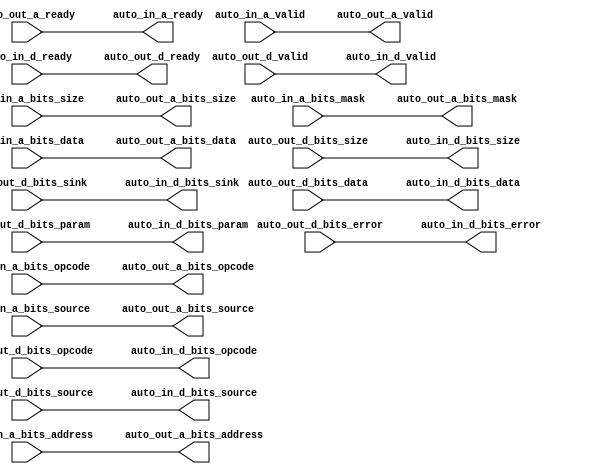
// Copyright (c) 2017, Microsemi Corporation
// All rights reserved.
//
// Redistribution and use in source and binary forms, with or without
// modification, are permitted provided that the following conditions are met:
//     * Redistributions of source code must retain the above copyright
//       notice, this list of conditions and the following disclaimer.
//     * Redistributions in binary form must reproduce the above copyright
//       notice, this list of conditions and the following disclaimer in the
//       documentation and/or other materials provided with the distribution.
//     * Neither the name of the <organization> nor the
//       names of its contributors may be used to endorse or promote products
//       derived from this software without specific prior written permission.
//
// THIS SOFTWARE IS PROVIDED BY THE COPYRIGHT HOLDERS AND CONTRIBUTORS "AS IS" AND
// ANY EXPRESS OR IMPLIED WARRANTIES, INCLUDING, BUT NOT LIMITED TO, THE IMPLIED
// WARRANTIES OF MERCHANTABILITY AND FITNESS FOR A PARTICULAR PURPOSE ARE
// DISCLAIMED. IN NO EVENT SHALL MICROSEMI CORPORATIONM BE LIABLE FOR ANY
// DIRECT, INDIRECT, INCIDENTAL, SPECIAL, EXEMPLARY, OR CONSEQUENTIAL DAMAGES
// (INCLUDING, BUT NOT LIMITED TO, PROCUREMENT OF SUBSTITUTE GOODS OR SERVICES;
// LOSS OF USE, DATA, OR PROFITS; OR BUSINESS INTERRUPTION) HOWEVER CAUSED AND
// ON ANY THEORY OF LIABILITY, WHETHER IN CONTRACT, STRICT LIABILITY, OR TORT
// (INCLUDING NEGLIGENCE OR OTHERWISE) ARISING IN ANY WAY OUT OF THE USE OF THIS
// SOFTWARE, EVEN IF ADVISED OF THE POSSIBILITY OF SUCH DAMAGE.
//
// APACHE LICENSE
// Copyright (c) 2017, Microsemi Corporation 
//
// Licensed under the Apache License, Version 2.0 (the "License");
// you may not use this file except in compliance with the License.
// You may obtain a copy of the License at
//
//    http://www.apache.org/licenses/LICENSE-2.0
//
// Unless required by applicable law or agreed to in writing, software
// distributed under the License is distributed on an "AS IS" BASIS,
// WITHOUT WARRANTIES OR CONDITIONS OF ANY KIND, either express or implied.
// See the License for the specific language governing permissions and
// limitations under the License.
//
// Description:
//
// SVN Revision Information:
// SVN $Revision: $
// SVN $Date: $
//
// Resolved SARs
// SAR      Date     Who   Description
//
// Notes:
//
// ****************************************************************************/
`ifndef RANDOMIZE_REG_INIT 
	 `define RANDOMIZE_REG_INIT 
 `endif
`ifndef RANDOMIZE_MEM_INIT 
	 `define RANDOMIZE_MEM_INIT 
 `endif
`ifndef RANDOMIZE 
	 `define RANDOMIZE 
`endif

`timescale 1ns/10ps
module MiV_AXI_MiV_AXI_0_MIV_RV32IMA_L1_AXI_TLFILTER( // @[:freechips.rocketchip.system.MivRV32ImaL1AhbConfig.fir@5624.2]
  output        auto_in_a_ready, // @[:freechips.rocketchip.system.MivRV32ImaL1AhbConfig.fir@5627.4]
  input         auto_in_a_valid, // @[:freechips.rocketchip.system.MivRV32ImaL1AhbConfig.fir@5627.4]
  input  [2:0]  auto_in_a_bits_opcode, // @[:freechips.rocketchip.system.MivRV32ImaL1AhbConfig.fir@5627.4]
  input  [2:0]  auto_in_a_bits_size, // @[:freechips.rocketchip.system.MivRV32ImaL1AhbConfig.fir@5627.4]
  input  [2:0]  auto_in_a_bits_source, // @[:freechips.rocketchip.system.MivRV32ImaL1AhbConfig.fir@5627.4]
  input  [31:0] auto_in_a_bits_address, // @[:freechips.rocketchip.system.MivRV32ImaL1AhbConfig.fir@5627.4]
  input  [7:0]  auto_in_a_bits_mask, // @[:freechips.rocketchip.system.MivRV32ImaL1AhbConfig.fir@5627.4]
  input  [63:0] auto_in_a_bits_data, // @[:freechips.rocketchip.system.MivRV32ImaL1AhbConfig.fir@5627.4]
  input         auto_in_d_ready, // @[:freechips.rocketchip.system.MivRV32ImaL1AhbConfig.fir@5627.4]
  output        auto_in_d_valid, // @[:freechips.rocketchip.system.MivRV32ImaL1AhbConfig.fir@5627.4]
  output [2:0]  auto_in_d_bits_opcode, // @[:freechips.rocketchip.system.MivRV32ImaL1AhbConfig.fir@5627.4]
  output [1:0]  auto_in_d_bits_param, // @[:freechips.rocketchip.system.MivRV32ImaL1AhbConfig.fir@5627.4]
  output [2:0]  auto_in_d_bits_size, // @[:freechips.rocketchip.system.MivRV32ImaL1AhbConfig.fir@5627.4]
  output [2:0]  auto_in_d_bits_source, // @[:freechips.rocketchip.system.MivRV32ImaL1AhbConfig.fir@5627.4]
  output        auto_in_d_bits_sink, // @[:freechips.rocketchip.system.MivRV32ImaL1AhbConfig.fir@5627.4]
  output [63:0] auto_in_d_bits_data, // @[:freechips.rocketchip.system.MivRV32ImaL1AhbConfig.fir@5627.4]
  output        auto_in_d_bits_error, // @[:freechips.rocketchip.system.MivRV32ImaL1AhbConfig.fir@5627.4]
  input         auto_out_a_ready, // @[:freechips.rocketchip.system.MivRV32ImaL1AhbConfig.fir@5627.4]
  output        auto_out_a_valid, // @[:freechips.rocketchip.system.MivRV32ImaL1AhbConfig.fir@5627.4]
  output [2:0]  auto_out_a_bits_opcode, // @[:freechips.rocketchip.system.MivRV32ImaL1AhbConfig.fir@5627.4]
  output [2:0]  auto_out_a_bits_size, // @[:freechips.rocketchip.system.MivRV32ImaL1AhbConfig.fir@5627.4]
  output [2:0]  auto_out_a_bits_source, // @[:freechips.rocketchip.system.MivRV32ImaL1AhbConfig.fir@5627.4]
  output [31:0] auto_out_a_bits_address, // @[:freechips.rocketchip.system.MivRV32ImaL1AhbConfig.fir@5627.4]
  output [7:0]  auto_out_a_bits_mask, // @[:freechips.rocketchip.system.MivRV32ImaL1AhbConfig.fir@5627.4]
  output [63:0] auto_out_a_bits_data, // @[:freechips.rocketchip.system.MivRV32ImaL1AhbConfig.fir@5627.4]
  output        auto_out_d_ready, // @[:freechips.rocketchip.system.MivRV32ImaL1AhbConfig.fir@5627.4]
  input         auto_out_d_valid, // @[:freechips.rocketchip.system.MivRV32ImaL1AhbConfig.fir@5627.4]
  input  [2:0]  auto_out_d_bits_opcode, // @[:freechips.rocketchip.system.MivRV32ImaL1AhbConfig.fir@5627.4]
  input  [1:0]  auto_out_d_bits_param, // @[:freechips.rocketchip.system.MivRV32ImaL1AhbConfig.fir@5627.4]
  input  [2:0]  auto_out_d_bits_size, // @[:freechips.rocketchip.system.MivRV32ImaL1AhbConfig.fir@5627.4]
  input  [2:0]  auto_out_d_bits_source, // @[:freechips.rocketchip.system.MivRV32ImaL1AhbConfig.fir@5627.4]
  input         auto_out_d_bits_sink, // @[:freechips.rocketchip.system.MivRV32ImaL1AhbConfig.fir@5627.4]
  input  [63:0] auto_out_d_bits_data, // @[:freechips.rocketchip.system.MivRV32ImaL1AhbConfig.fir@5627.4]
  input         auto_out_d_bits_error // @[:freechips.rocketchip.system.MivRV32ImaL1AhbConfig.fir@5627.4]
);
  assign auto_in_a_ready = auto_out_a_ready;
  assign auto_in_d_valid = auto_out_d_valid;
  assign auto_in_d_bits_opcode = auto_out_d_bits_opcode;
  assign auto_in_d_bits_param = auto_out_d_bits_param;
  assign auto_in_d_bits_size = auto_out_d_bits_size;
  assign auto_in_d_bits_source = auto_out_d_bits_source;
  assign auto_in_d_bits_sink = auto_out_d_bits_sink;
  assign auto_in_d_bits_data = auto_out_d_bits_data;
  assign auto_in_d_bits_error = auto_out_d_bits_error;
  assign auto_out_a_valid = auto_in_a_valid;
  assign auto_out_a_bits_opcode = auto_in_a_bits_opcode;
  assign auto_out_a_bits_size = auto_in_a_bits_size;
  assign auto_out_a_bits_source = auto_in_a_bits_source;
  assign auto_out_a_bits_address = auto_in_a_bits_address;
  assign auto_out_a_bits_mask = auto_in_a_bits_mask;
  assign auto_out_a_bits_data = auto_in_a_bits_data;
  assign auto_out_d_ready = auto_in_d_ready;
endmodule